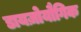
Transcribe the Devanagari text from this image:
डायज़ोयौगिक